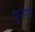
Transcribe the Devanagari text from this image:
पुनाडे